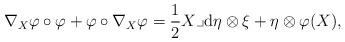
LaTeX: \begin{align*} \nabla _X \varphi \circ \varphi + \varphi \circ \nabla _X \varphi = \frac{1}{2} X \lrcorner {\rm d} \eta \otimes \xi + \eta \otimes \varphi (X), \end{align*}